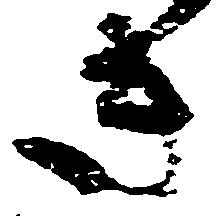
き